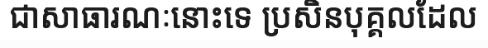
ជាសាធារណៈនោះទេ ប្រសិនបុគ្គលដែល